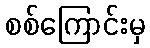
စစ်ကြောင်းမှ